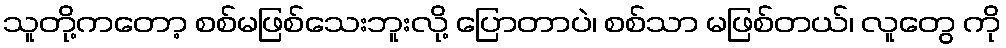
သူတို့ကတော့ စစ်မဖြစ်သေးဘူးလို့ ပြောတာပဲ၊ စစ်သာ မဖြစ်တယ်၊ လူတွေ ကို